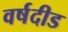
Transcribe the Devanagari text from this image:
वर्षदीड